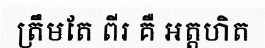
ត្រឹមតែ ពីរ គឺ អត្តហិត